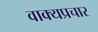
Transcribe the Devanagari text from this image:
वाक्यप्रचार